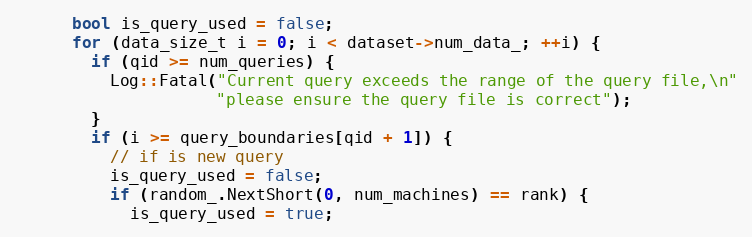
Language: C++
      bool is_query_used = false;
      for (data_size_t i = 0; i < dataset->num_data_; ++i) {
        if (qid >= num_queries) {
          Log::Fatal("Current query exceeds the range of the query file,\n"
                     "please ensure the query file is correct");
        }
        if (i >= query_boundaries[qid + 1]) {
          // if is new query
          is_query_used = false;
          if (random_.NextShort(0, num_machines) == rank) {
            is_query_used = true;